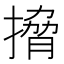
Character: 搚